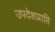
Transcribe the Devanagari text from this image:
उपदेशप्राप्ति